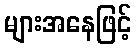
များအနေဖြင့်